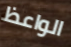
الواعظ